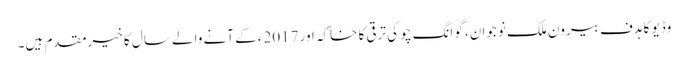
وڈیو کا ہدف بیرون ملک نوجوان، گوانگ چو کی ترقی کا خاکہ اور 2017ء کے آنے والے سال کا خیرمقدم ہیں۔